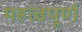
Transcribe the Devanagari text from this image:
महत्‍वपूर्ण